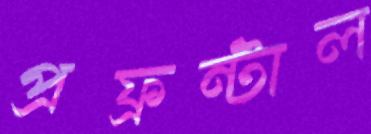
প্রফ্রন্টাল